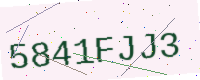
Text: 5841FJJ3